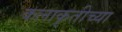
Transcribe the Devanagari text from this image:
कलाकृतीच्या